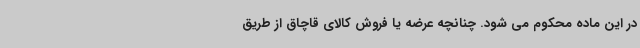
در این ماده محکوم می شود. چنانچه عرضه یا فروش کالای قاچاق از طریق